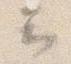
云